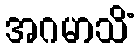
အဂမာသိံ